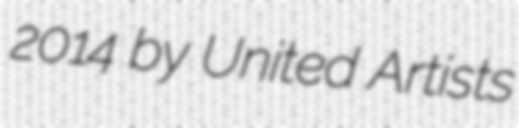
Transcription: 2014 by United Artists